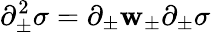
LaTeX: \partial_{\pm}^{2}\sigma=\partial_{\pm}\mathbf{w}_{\pm}\partial_{\pm}\sigma